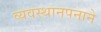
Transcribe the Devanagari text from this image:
व्यवस्थानपनाने